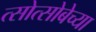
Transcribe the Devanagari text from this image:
त्सोत्सोबेच्या